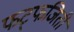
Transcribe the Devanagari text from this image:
फट्फजिती